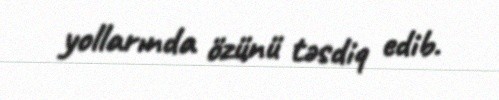
yollarında özünü təsdiq edib.